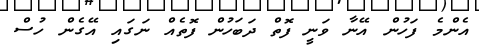
އެންމެ ފަހުން އޭނާ ވަނީ ފޮތް ދަބަހުން ފޮތެއް ނަގައި އޭގެން ހުސް